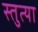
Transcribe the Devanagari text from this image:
स्तुत्या